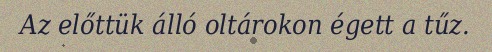
Az előttük álló oltárokon égett a tűz.